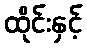
ထိုင်းနှင့်